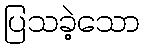
ပြသခဲ့သော